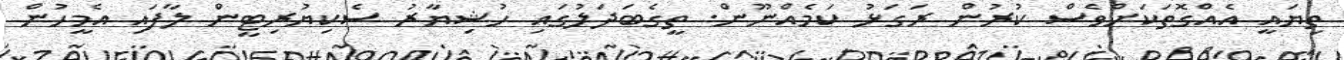
ތިޔައީ އެއްގޮތަކަށްވެސް ކުރުން ރަގަޅު ކަމެއްނޫން. ތީގެބަދަލުގައި ހުޝިޔާރު ސެކިޔުރިޓީން ލާފައި އެމީހުން